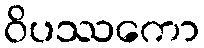
ဝိပဿကော